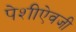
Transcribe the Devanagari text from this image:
पेशीऐवजी